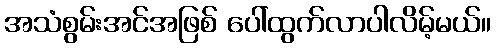
အသံစွမ်းအင်အဖြစ် ပေါ်ထွက်လာပါလိမ့်မယ်။